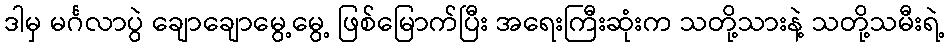
ဒါမှ မင်္ဂလာပွဲ ချောချောမွေ့မွေ့ ဖြစ်မြောက်ပြီး အရေးကြီးဆုံးက သတို့သားနဲ့ သတို့သမီးရဲ့